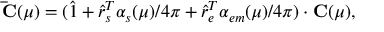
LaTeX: { \bf \bar { C } } ( \mu ) = ( \hat { 1 } + \hat { r } _ { s } ^ { T } \alpha _ { s } ( \mu ) / 4 \pi + \hat { r } _ { e } ^ { T } \alpha _ { e m } ( \mu ) / 4 \pi ) \cdot { \bf C } ( \mu ) ,